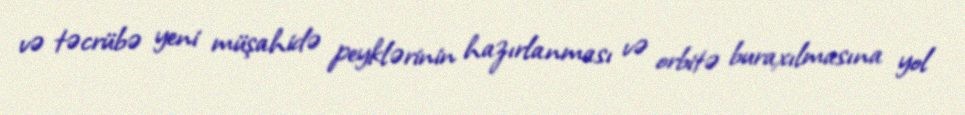
və təcrübə yeni müşahidə peyklərinin hazırlanması və orbitə buraxılmasına yol